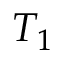
T _ { 1 }